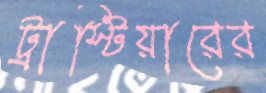
ট্রাস্টিয়ারের